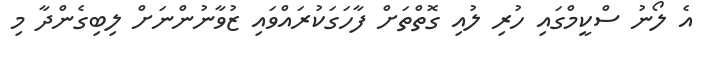
އެ ލޯނު ސްކީމްގައި ހުރި ލުއި ގޮތްތަށް ފާހަގަކުރައްވައި ޒުވާނުންނަށް ލިބިގެންދާ މި